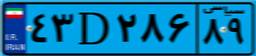
۴۳D۲۸۶۸۹